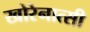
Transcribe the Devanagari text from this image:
खोरेनात्सी